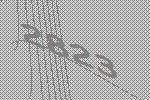
2823